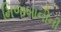
મિજબાનીની